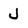
Character: J